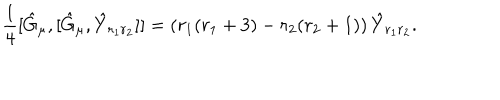
\frac { 1 } { 4 } [ \hat { G } _ { \mu } , [ \hat { G } _ { \mu } , \hat { Y } _ { r _ { 1 } r _ { 2 } } ] ] = \left( r _ { 1 } ( r _ { 1 } + 3 ) - r _ { 2 } ( r _ { 2 } + 1 ) \right) \hat { Y } _ { r _ { 1 } r _ { 2 } } .